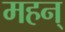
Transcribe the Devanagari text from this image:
महन्